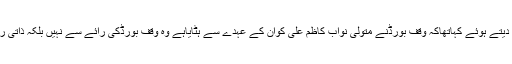
عدالت عالیہ نے فیصلہ دیتے ہوئے کہاتھاکہ وقف بورڈنے متولی نواب کاظم علی کوان کے عہدے سے ہٹایاہے وہ وقف بورڈکی رائے سے نہیں بلکہ ذاتی رائے سے ہٹایا گیا ہے ۔